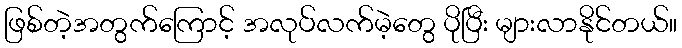
ဖြစ်တဲ့အတွက်ကြောင့် အလုပ်လက်မဲ့တွေ ပိုပြီး များလာနိုင်တယ်။